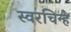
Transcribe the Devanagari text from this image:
स्वरचिन्हे